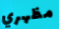
مظهري